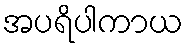
အပရိပါကာယ